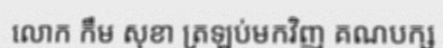
លោក កឹម សុខា ត្រឡប់មកវិញ គណបក្ស